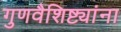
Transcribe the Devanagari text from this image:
गुणवैशिष्ट्यांना